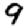
Digit: 9